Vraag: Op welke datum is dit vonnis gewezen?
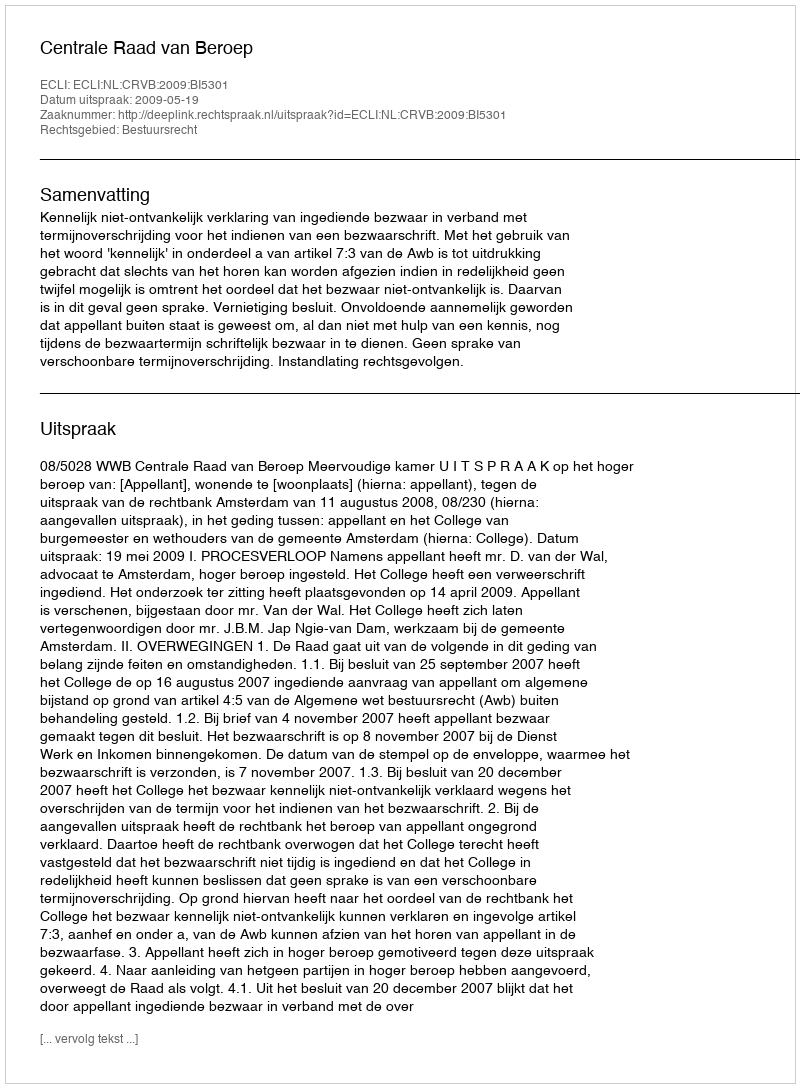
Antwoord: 2009-05-19